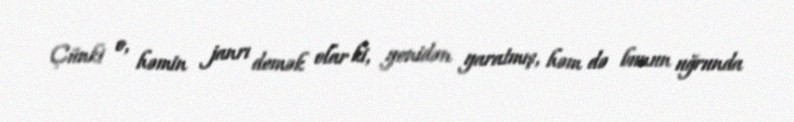
Çünki o, həmin janrı demək olar ki, yenidən yaratmış, həm də bunun uğrunda